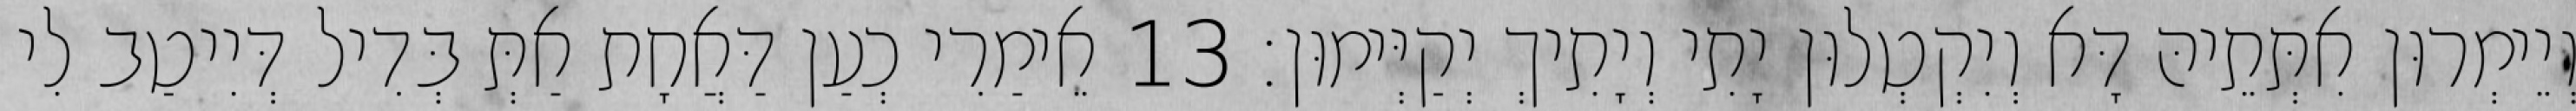
וְיֵימְרוּן אִתְּתֵיהּ דָּא וְיִקְטְלוּן יָתִי וְיָתִיךְ יְקַיְּימוּן׃ 13 אֵימַרִי כְעַן דַּאֲחָת אַתְּ בְּדִיל דְּיִיטַב לִי